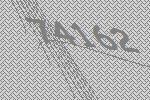
74162